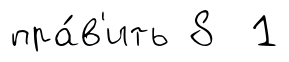
пра́в'ить 8 1